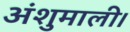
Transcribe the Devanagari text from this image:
अंशुमाली।